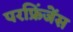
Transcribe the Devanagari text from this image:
परफ्रिंजेंस